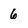
Character: 6